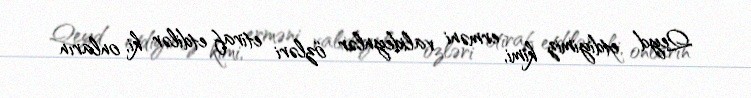
Qeyd etdiyimiz kimi, erməni valideynlər özləri etiraf etdilər ki, onların